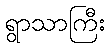
ရွာသာကြီး